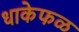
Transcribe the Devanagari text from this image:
धाकेफळ